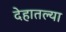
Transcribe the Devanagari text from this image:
देहातल्या